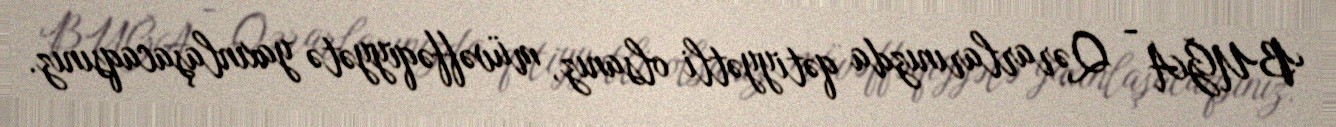
BUĞA - Qərarlarınızda qətiyyətli olsanız, müvəffəqiyyətə yaxınlaşacaqsınız.